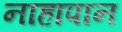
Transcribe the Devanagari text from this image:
नाहापान